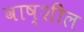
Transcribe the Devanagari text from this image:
वाष्शील